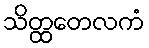
သိတ္ထတေလကံ